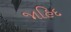
જાહિદ